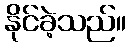
နိုင်ခဲ့သည်။